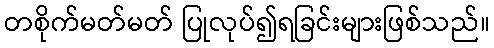
တစိုက်မတ်မတ် ပြုလုပ်၍ရခြင်းများဖြစ်သည်။